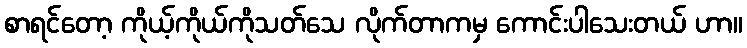
စာရင်တော့ ကိုယ့်ကိုယ်ကိုသတ်သေ လိုက်တာကမှ ကောင်းပါသေးတယ် ဟာ။